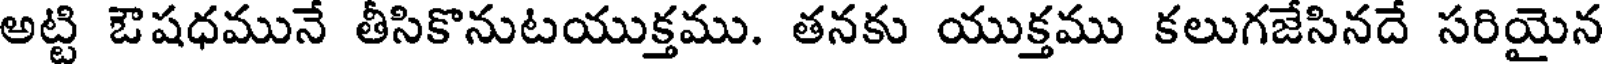
అట్టి ఔషధమునే తీసికొనుటయుక్తము. తనకు యుక్తము కలుగజేసినదే సరియైన